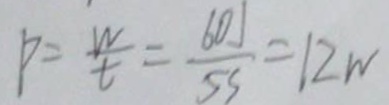
P = \frac { W } { t } = \frac { 6 0 J } { 5 S } = 1 2 w